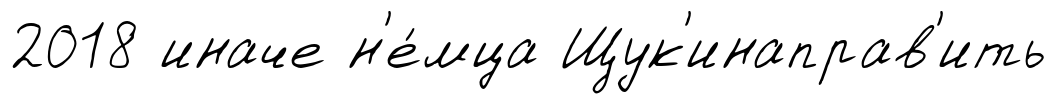
2018 иначе н'е́мца Щук'инаправ'ить